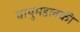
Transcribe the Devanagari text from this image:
वायुमंडलकी